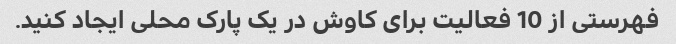
فهرستی از 10 فعالیت برای کاوش در یک پارک محلی ایجاد کنید.